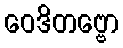
ဝေဒိတဗ္ဗော